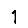
Digit: 1